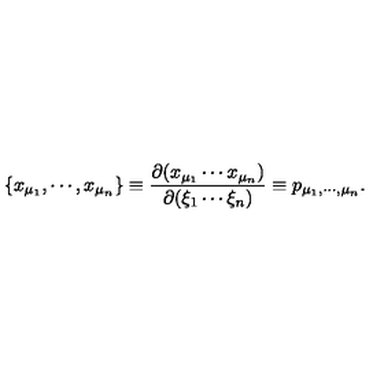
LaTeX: \{ x _ { \mu _ { 1 } } , \cdots , x _ { \mu _ { n } } \} \equiv \frac { \partial ( x _ { \mu _ { 1 } } \cdots x _ { \mu _ { n } } ) } { \partial ( \xi _ { 1 } \cdots \xi _ { n } ) } \equiv p _ { \mu _ { 1 } , \cdots , \mu _ { n } } .